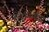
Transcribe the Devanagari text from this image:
नीड़निर्माड़